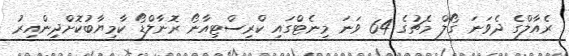
ރެއާލްގެ ދެވަނަ ގޯލް މެޗުގެ 64 ވަނަ މިނެޓްގައި ކްރިސްޓިއާނޯ ރޮނާލްޑޯ ކާމިޔާބުކޮށްދިންއިރު